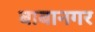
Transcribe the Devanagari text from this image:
बाबानगर